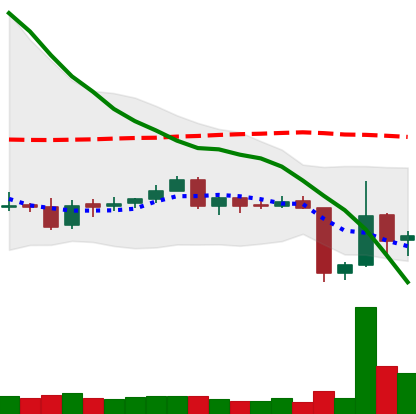
Ticker: ETC-USD
Chart end date: 2018-06-14
Forward return: 10.698%
Label: up_7plus